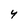
Character: 4